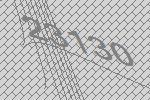
23130